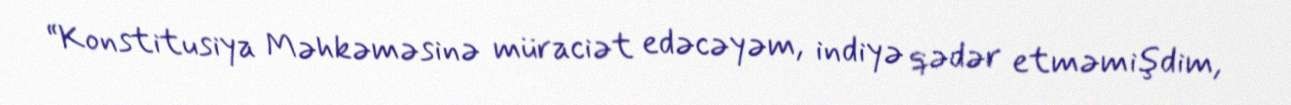
“Konstitusiya Məhkəməsinə müraciət edəcəyəm, indiyə qədər etməmişdim,